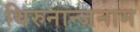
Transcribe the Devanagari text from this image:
थिरुनान्जनाम